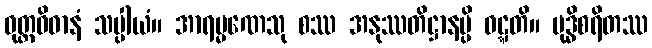
ဝုတ္တဝိဓာနံ သပ္ပါယံ။ အာရမ္မဏေသု စဿ အနုဿတိဋ္ဌာနမ္ပိ ဝဋ္ဋတိ။ ဗုဒ္ဓိစရိတဿ